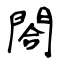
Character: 閤